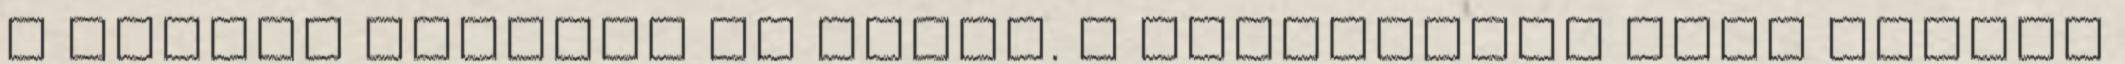
a pályán tartani az autót. A biztonsági autó mögött